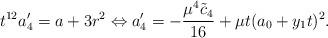
LaTeX: \begin{align*} t^{12} a_4' = a + 3r^2 \Leftrightarrow a_4' = -\frac{\mu^4 \tilde{c}_4}{16} + \mu t (a_0 + y_1 t)^2.\end{align*}